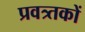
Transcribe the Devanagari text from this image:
प्रवत्र्तकों